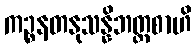
ကဉ္စနတနုသန္နိဘတ္တစာဟိ